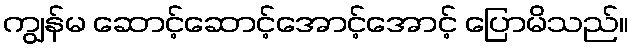
ကျွန်မ ဆောင့်ဆောင့်အောင့်အောင့် ပြောမိသည်။